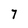
Character: 7